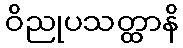
ဝိညုပသတ္ထာနိ